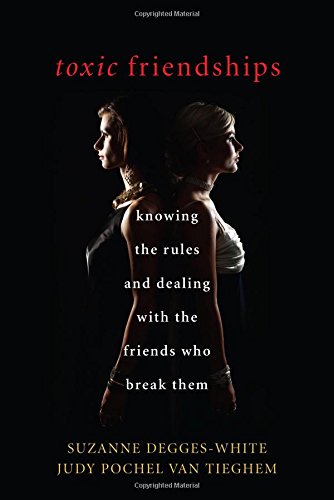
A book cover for Toxic Friendships: Knowing the Rules and Dealing with the Friends Who Break Them; Suzanne Degges-White; Self-Help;